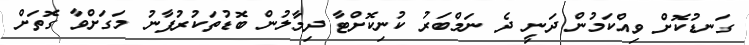
ގަނޑުކޮށް ވިއްކަމުން ދަނީ ދެ ނަމްބަރު ކުނިކޮށްޓާ ދިމާލުން ބޮޑުތަކުރުފާނު މަގަށްވާ ގޮތަށް